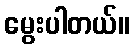
မွေးပါတယ်။